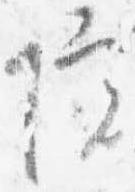
院